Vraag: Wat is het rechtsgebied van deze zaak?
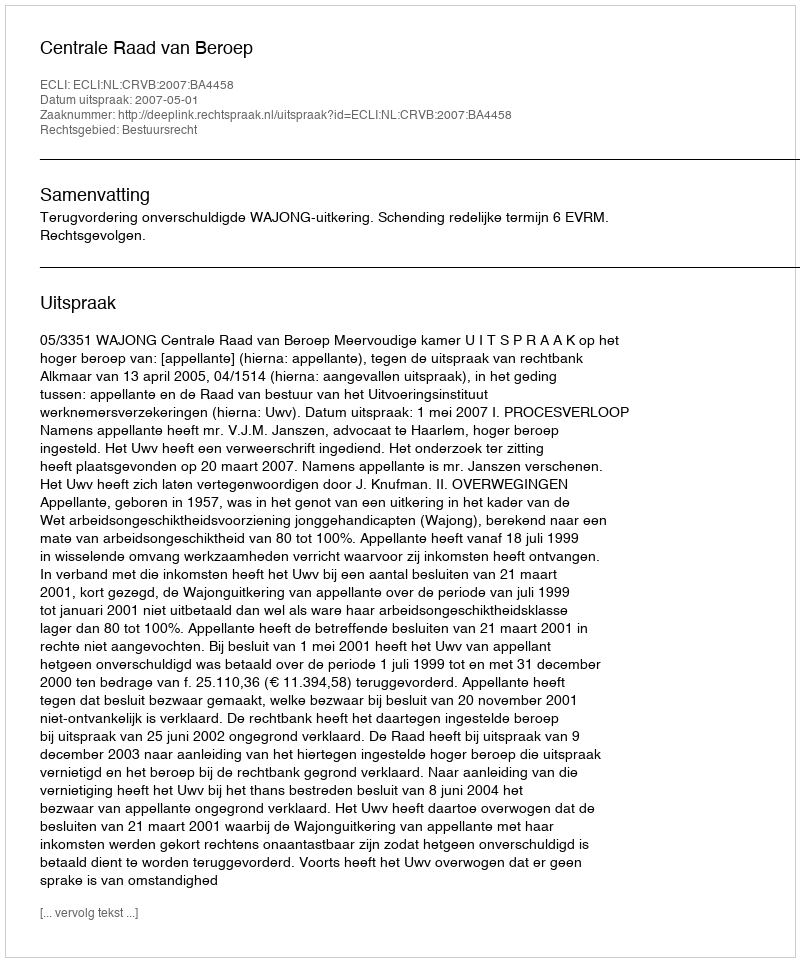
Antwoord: Bestuursrecht